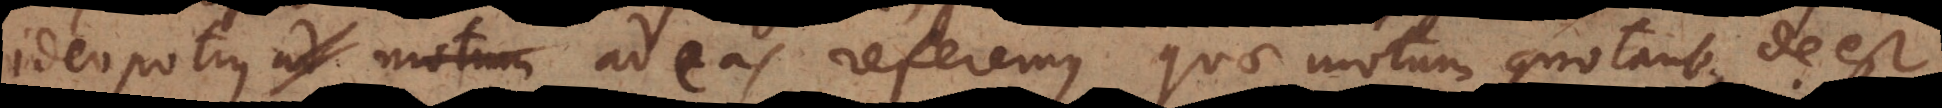
ideo potius ad motum ad eas referemus quae motum connotant, deest